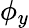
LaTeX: \phi_{y}